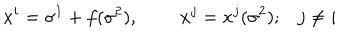
x ^ { i } = \sigma ^ { 1 } + f ( \sigma ^ { 2 } ) , \; \; x ^ { j } = x ^ { j } ( \sigma ^ { 2 } ) ; j \neq i